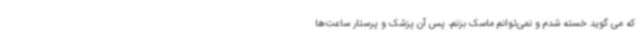
که می گوید خسته شدم و نمی‌توانم ماسک بزنم، پس آن پزشک و پرستار ساعت‌ها